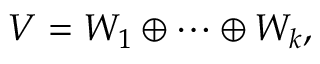
V = W _ { 1 } \oplus \cdots \oplus W _ { k } ,